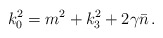
\begin{align*}k_{0}^{2}=m^{2}+k_{3}^{2}+2\gamma \bar{n}\,. \end{align*}